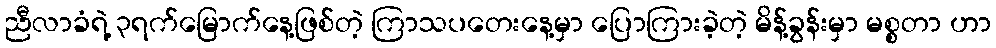
ညီလာခံရဲ့ ၃ရက်မြောက်နေ့ဖြစ်တဲ့ ကြာသပတေးနေ့မှာ ပြောကြားခဲ့တဲ့ မိန့်ခွန်းမှာ မစ္စတာ ဟာ